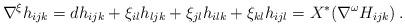
LaTeX: \begin{align*}\nabla^{\xi}h_{ijk} = dh_{ijk} + \xi_{il}h_{ljk} + \xi_{jl}h_{ilk} + \xi_{kl}h_{ijl} = X^{*}(\nabla^{\omega}H_{ijk})\,. \end{align*}